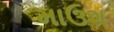
માઉશ